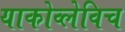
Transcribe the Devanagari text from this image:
याकोव्लेविच